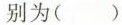
别为( )